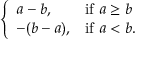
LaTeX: \left\{ \begin{array} { l l } { a - b , } & { { \mathrm { i f ~ } } a \geq b } \\ { - ( b - a ) , } & { { \mathrm { i f ~ } } a < b . } \end{array} \right.